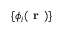
\{ \phi _ { i } ( \textbf { r } ) \}